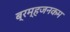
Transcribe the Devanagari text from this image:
ब्रम्हजनकम